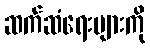
ဆက်ဆံရေးများကို